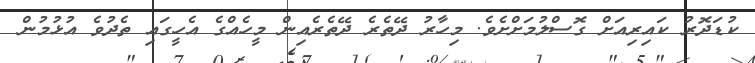
ކުޑަދޮރު ކައިރިއަށް ގޮސްލުމަށްށެވެ. މިހާރު ދޭތެރެ ދޭތެރެއިން މީހެއްގެ އެހީގައި ތެދުވެ އުޅުމުން